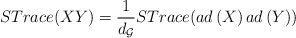
\begin{align*}STrace(XY)=\frac{1}{d_{\mathcal{G}}}STrace(ad\left( X\right) ad\left(Y\right) )\end{align*}